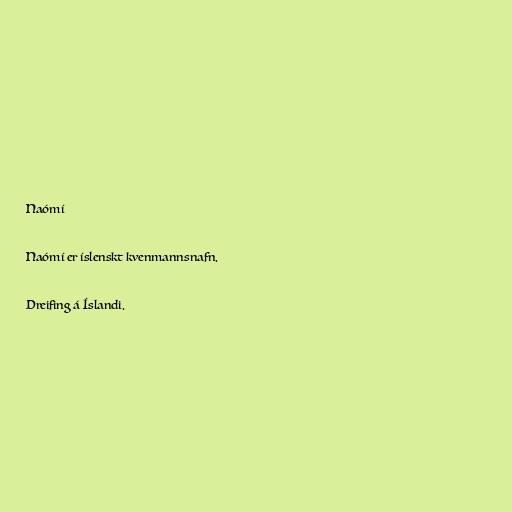
Naómí

Naómí er íslenskt kvenmannsnafn.

Dreifing á Íslandi.